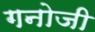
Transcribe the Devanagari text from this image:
गनोजी